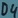
Text: D4